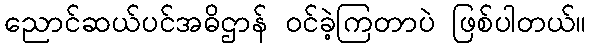
ညောင်ဆယ်ပင်အဓိဌာန် ဝင်ခဲ့ကြတာပဲ ဖြစ်ပါတယ်။